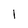
Character: I